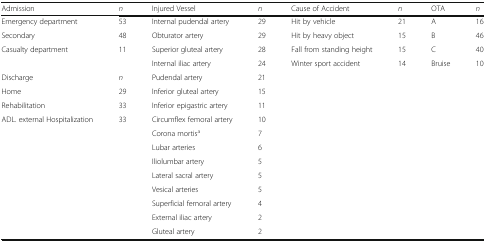
<table><thead><tr><td><b>Admission</b></td><td><b><i>n</i></b></td><td><b>Injured Vessel</b></td><td><b><i>n</i></b></td><td><b>Cause of Accident</b></td><td><b><i>n</i></b></td><td><b>OTA</b></td><td><b><i>n</i></b></td></tr></thead><tbody><tr><td>Emergency department</td><td>53</td><td>Internal pudendal artery</td><td>29</td><td>Hit by vehicle</td><td>21</td><td>A</td><td>16</td></tr><tr><td>Secondary</td><td>48</td><td>Obturator artery</td><td>29</td><td>Hit by heavy object</td><td>15</td><td>B</td><td>46</td></tr><tr><td rowspan="2">Casualty department</td><td>11</td><td>Superior gluteal artery</td><td>28</td><td>Fall from standing height</td><td>15</td><td>C</td><td>40</td></tr><tr><td></td><td>Internal iliac artery</td><td>24</td><td>Winter sport accident</td><td>14</td><td>Bruise</td><td>10</td></tr><tr><td>Discharge</td><td><i>n</i></td><td>Pudendal artery</td><td>21</td><td></td><td></td><td colspan="2"></td></tr><tr><td>Home</td><td>29</td><td>Inferior gluteal artery</td><td>15</td><td></td><td></td><td colspan="2"></td></tr><tr><td>Rehabilitation</td><td>33</td><td>Inferior epigastric artery</td><td>11</td><td></td><td></td><td colspan="2"></td></tr><tr><td rowspan="9">ADL. external Hospitalization</td><td>33</td><td>Circumflex femoral artery</td><td>10</td><td></td><td></td><td colspan="2"></td></tr><tr><td></td><td>Corona mortis<sup>a</sup></td><td>7</td><td></td><td></td><td colspan="2"></td></tr><tr><td></td><td>Lubar arteries</td><td>6</td><td></td><td></td><td colspan="2"></td></tr><tr><td></td><td>Iliolumbar artery</td><td>5</td><td></td><td></td><td colspan="2"></td></tr><tr><td></td><td>Lateral sacral artery</td><td>5</td><td></td><td></td><td colspan="2"></td></tr><tr><td></td><td>Vesical arteries</td><td>5</td><td></td><td></td><td colspan="2"></td></tr><tr><td></td><td>Superficial femoral artery</td><td>4</td><td></td><td></td><td colspan="2"></td></tr><tr><td></td><td>External iliac artery</td><td>2</td><td></td><td></td><td colspan="2"></td></tr><tr><td></td><td>Gluteal artery</td><td>2</td><td></td><td></td><td colspan="2"></td></tr></tbody></table>